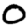
Digit: 0